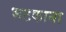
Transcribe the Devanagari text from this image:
भटकाना